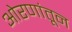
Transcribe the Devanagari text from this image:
ओरणांतून